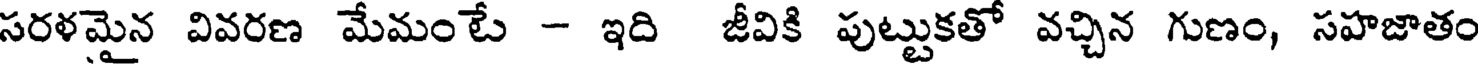
సరళమైన వివరణ మేమంటే - ఇది జీవికి పుట్టుకతో వచ్చిన గుణం, సహజాతం